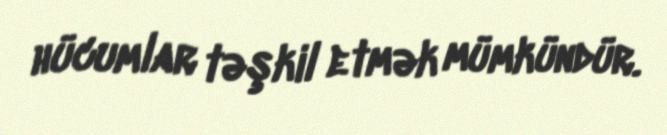
hücumlar təşkil etmək mümkündür.